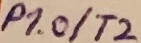
Text: P1.0/T2